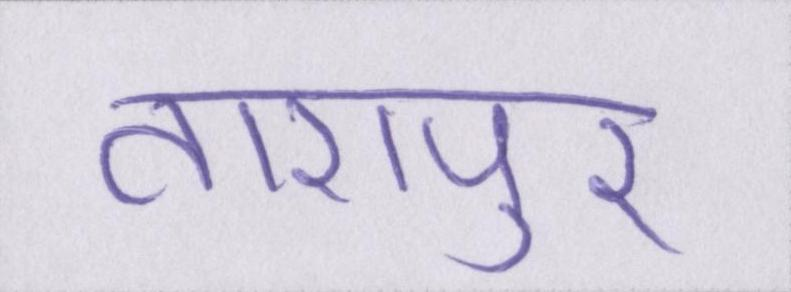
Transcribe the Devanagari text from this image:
तारापुर